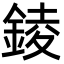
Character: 錂